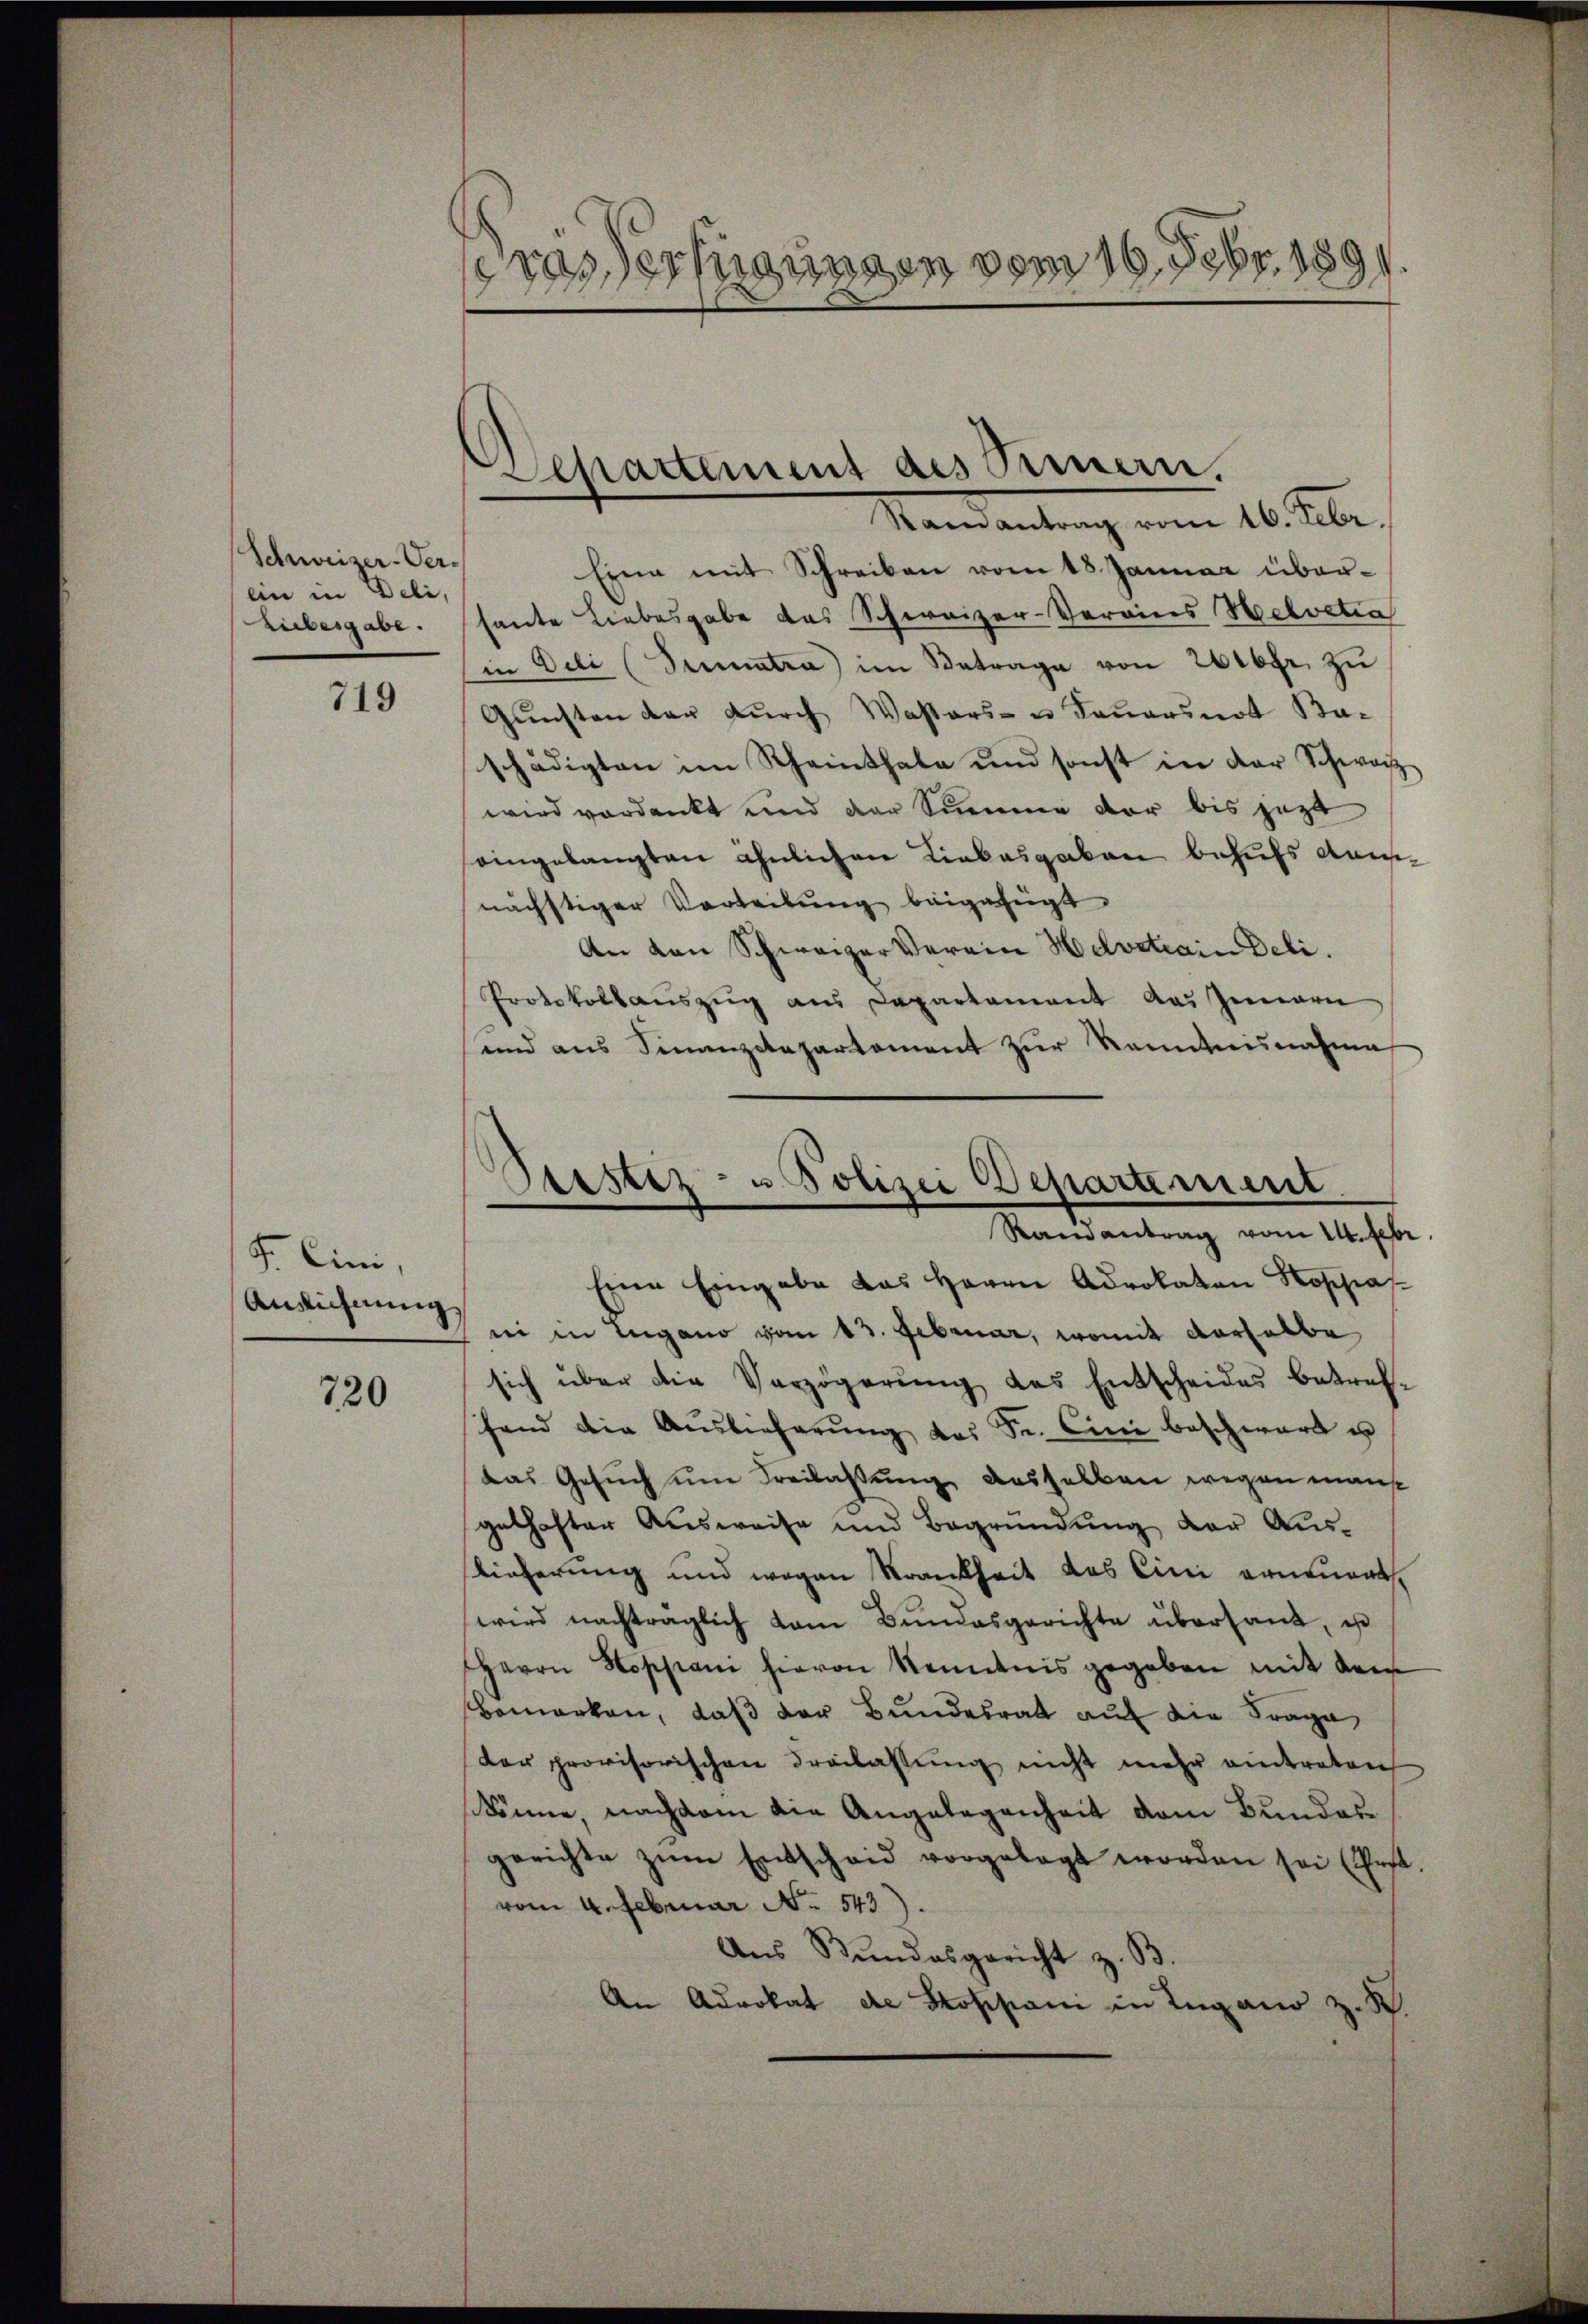
Schweizer-Verlin in Deli,
Liebesgabe.

719

F. Cini,
Anrichnung.

720

ras Verfügungen vom 16. Febr. 1891

Mandantung vom 16. Febr.
Eine mit Schreiben vom 18. Januar übersante Liebesgabe des Schweizer-Verains Welvetia
in Deli (Sumatra im Betrage von 2000fr. zŭ
Gŭnsten der dŭrch Wassers- u Sauersnot Ba-
schädigten im Rheinthale und sonst in der Schwarz
wird verdankt und der Summe der bis jezt
seingelangten ähnlichen Liebesgaben behufs Kannächstiger Vertribung beigefügt.
An den Schweizer Verein Helvetrain Deli.
Protokollsauszug aus Departament das Innern
und ans Finanzdepartament zŭr Kenntnisnahme

Departement des Prinern.

Ossstiz- u Polizei Departement
Ramantrag vom 14. Febr.

Eine Eingabe das Herrn Advokaten Rospas
ni in Lugano vom 13. Februar, womit derselbe
sich über die Verzögerŭng des Entscheides betreffand die Auslieferŭng das Fr. Cini beschwart u
das Gesŭch ŭm Freilassung desselben wegen man
gelhafter Ausweise und Begründung der Auslieferung und wegen Krankheit das Eini erneuert.
wird nachträglich vom Bundesgerichte übersant, ist
HHerrn Nossian hievon Kenntnis gegeben mit dem
Bemerken, daß der Bundesrat auf die Frage,
der provisorischen Freilassung nicht mehr eintreten
könne, nachdem die Angelegenheit vom Bundesgerichte zŭm Entscheid vorgelegt worden sei (Post.
vom 4. Februar No. 543).
Ans Bundesgericht z. B.
An Advokat die Stoppani in Lugano z. B.